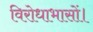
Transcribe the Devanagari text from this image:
विरोधाभासों।